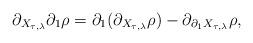
LaTeX: \begin{align*}\partial_{X_{\tau,\lambda}}\partial_1\rho=\partial_1 (\partial_{X_{\tau,\lambda}}\rho)-\partial_{\partial_1X_{\tau,\lambda}}\rho,\end{align*}